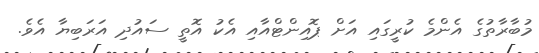
މުބާރާތުގެ އެންމެ ކުރީގައި އަށް ޕޮއިންޓްއާއި އެކު އޮތީ ސައުދި އަރަބިޔާ އެވެ.